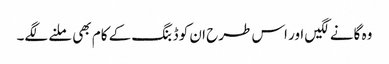
وہ گانے لگیں اور اس طرح ان کو ڈبنگ کے کام بھی ملنے لگے۔